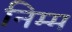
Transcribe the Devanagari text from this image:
निम्‍म